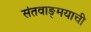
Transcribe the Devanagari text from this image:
संतवाङ्‌मयाची